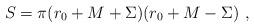
LaTeX: \begin{align*}S =\pi ( r_0 + M +\Sigma ) ( r_0 +M - \Sigma ) \ ,\end{align*}